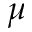
\mu